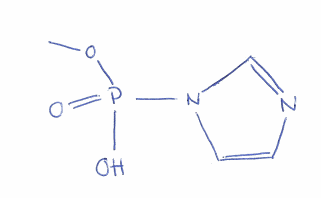
Simplified molecular-input line-entry system (SMILES) notation of the given molecule:
COP(=O)(N1C=CN=C1)O